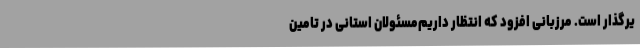
یرگذار است. مرزبانی افزود که انتظار داریم‌مسئولان استانی در تامین